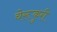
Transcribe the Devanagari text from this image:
चेरूकुरी